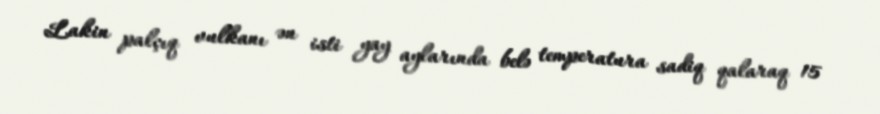
Lakin palçıq vulkanı ən isti yay aylarında belə temperatura sadiq qalaraq 15